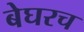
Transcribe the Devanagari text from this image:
बेघरच